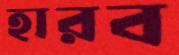
হারব